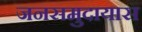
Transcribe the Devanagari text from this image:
जनसमुदायास